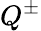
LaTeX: Q^{\pm}